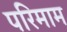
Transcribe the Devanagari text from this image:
परिमाम